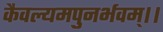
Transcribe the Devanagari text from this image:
कैवल्यमपुनर्भवम्‌।।